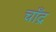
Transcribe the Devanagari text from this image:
चाँद्र